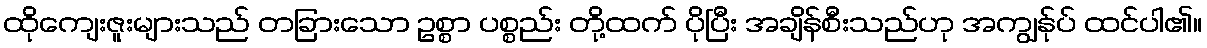
ထိုကျေးဇူးများသည် တခြားသော ဥစ္စာ ပစ္စည်း တို့ထက် ပိုပြီး အချိန်စီးသည်ဟု အကျွန်ုပ် ထင်ပါ၏။